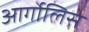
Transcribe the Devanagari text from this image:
आर्गोलिस